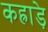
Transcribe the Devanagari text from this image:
कह्राड़े